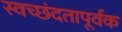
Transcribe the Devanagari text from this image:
स्वच्छंदतापूर्वक